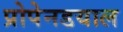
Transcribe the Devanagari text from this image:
प्रोपेनडयाल